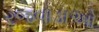
રજવાડાઓ